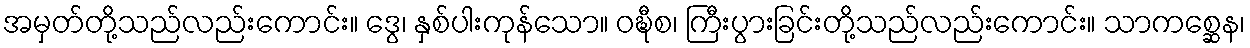
အမှတ်တို့သည်လည်းကောင်း။ ဒွေ၊ နှစ်ပါးကုန်သော။ ဝဍ္ဎီစ၊ ကြီးပွားခြင်းတို့သည်လည်းကောင်း။ သာကစ္ဆေန၊